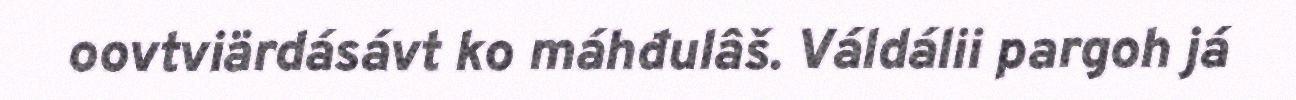
oovtviärdásávt ko máhđulâš. Váldálii pargoh já